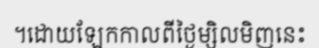
។ដោយឡែកកាលពីថ្ងៃម្សិលមិញនេះ